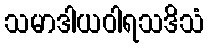
သမာဒါယဝါရသဒိသံ